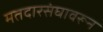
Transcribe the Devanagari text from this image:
मतदारसंघावरून